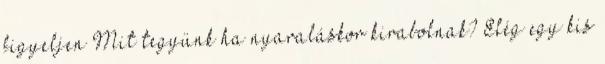
figyeljen Mit tegyünk ha nya­raláskor kirabolnak? Elég egy kis